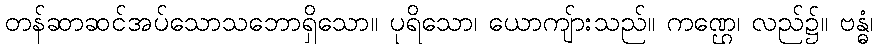
တန်ဆာဆင်အပ်သောသဘောရှိသော။ ပုရိသော၊ ယောကျ်ားသည်။ ကဏ္ဌေ၊ လည်၌။ ဗန္ဓံ၊